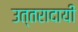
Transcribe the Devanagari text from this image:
उत्तरादायी